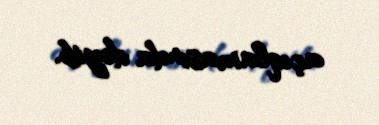
açıqlamasında deyib.